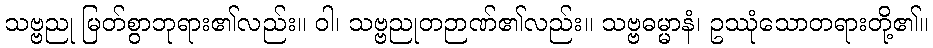
သဗ္ဗညု မြတ်စွာဘုရား၏လည်း။ ဝါ၊ သဗ္ဗညုတဉာဏ်၏လည်း။ သဗ္ဗဓမ္မာနံ၊ ဥဿုံသောတရားတို့၏။